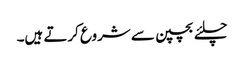
چلئے بچپن سے شروع کرتے ہیں۔